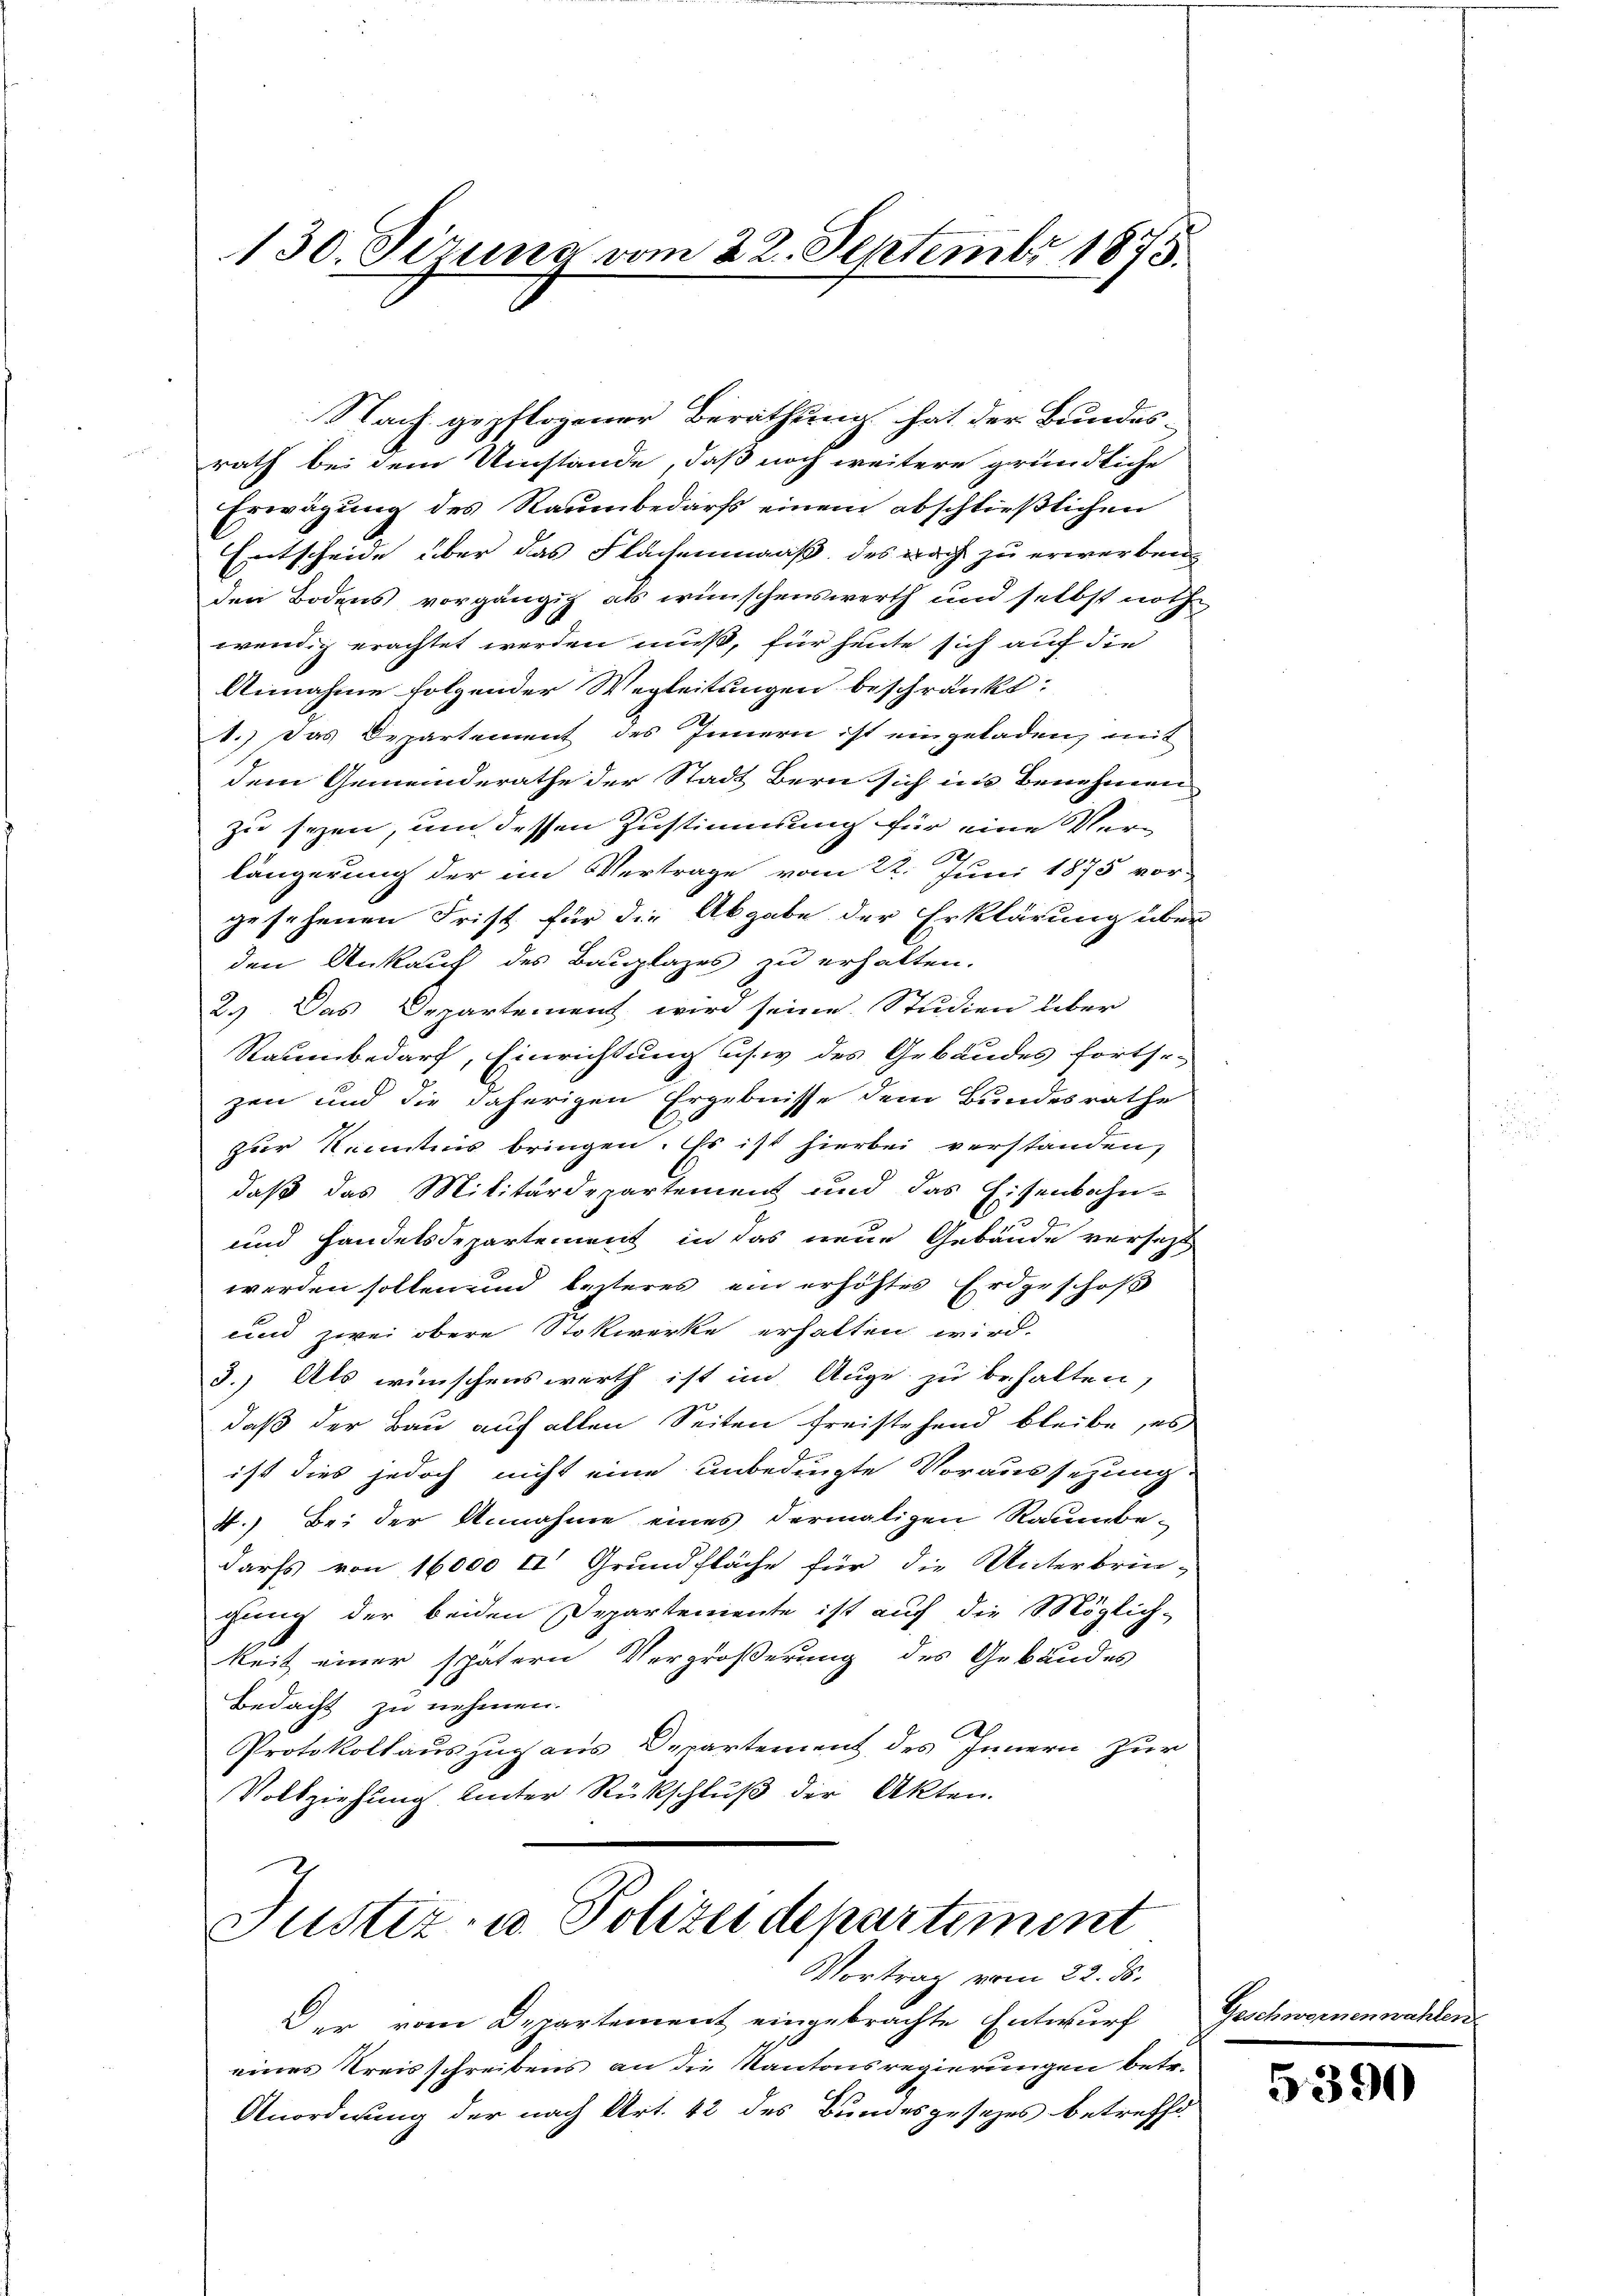
130. Sizung vom 22. Septembr 1875.

Nach gepflogener Berathung hat der Bundes-
rath bei dem Umstände, daß noch weitere gründliche
Erwägung des Raumbedarfs einem abschließlichen
Entscheide über das Flächenmaaß des nach zu erwerben
den Bodens vorgängig als wünschenswerth und selbst noth-
wendig erachtet werden muß, für heute sich auf die
Annahme folgender Wegleitungen beschränkt:
1.) Das Departement des Innern ist eingeladen, mit
dem Gemeinderathe der Stadt Bern sich ins Benehmen
zu sezen, um dessen Zustimmung für eine Verlängerung der im Vertrage vom 22. Juni 1875 vor-
gesehenen Frist für die Abgabe der Erklärung über
den Ankauf des Bauplazes zu erhalten.
2.) Das Departement wird seine Studien über
Raumbedarf, Einrichtung usw. des Gebäudes fortse-
zen und die daherigen Ergebnisse dem Bundesrathe
zur Kenntnis bringen. Es ist hierbei verstanden,
daß das Militärdepartement und das Eisenbahn-
und handelsdepartement in das neue Gebäude versetzt
werden sollen und lezteres ein erhöhtes Erdgeschoff
und zwei obere Stokwerke erhalten wird.
3.) Als wünschenswerth ist im Auge zu behalten,
daß der Bau auf allen Seiten freistehend bleibe, es
ist dies jedoch nicht eine unbedingte Voraussezung
4.) Bei der Annahme eines dermaligen Raumbe-
darfs von 16,000 II Grundfläche für die Unterbrin-
gung der beiden Departemente ist auf die Möglich-
keit einer spätern Vergrößerung des Gebäudes
Bedacht zu nehmen.
Protokollauszug aus Departement des Innern zur
Vollziehung unter Rückschluß der Akten.
Justiz- u. Polizeidepartiment
Vortrag vom 22. ds.
Der vom Departement eingebrachte Entwurf
eines Kreisschreibens an die Kantonsregierungen betr.
Anordnung der nach Art. 42 des Bundesgesezes betreffe

Geschwornenwahlen

5390